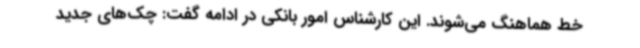
خط هماهنگ می‌شوند. این کارشناس امور بانکی در ادامه گفت: چک‌های جدید